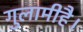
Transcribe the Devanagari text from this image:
गुलामीहै।